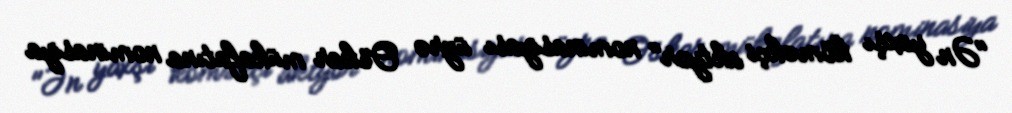
"Ən yaxşı köməkçi aktyor" nominasiyası üzrə Oskar mükafatına nominasiya